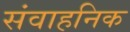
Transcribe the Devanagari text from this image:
संवाहनिक